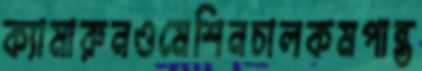
ক্যামারুনওমেশিনচালকমপান্ত